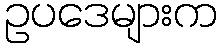
ဥပဒေများက